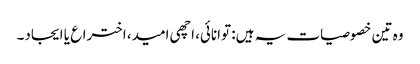
وہ تین خصوصیات یہ ہیں: توانائی، اچھی امید، اختراع یا ایجاد۔